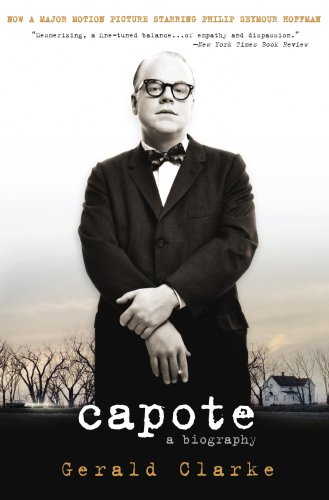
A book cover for Capote: A Biography; Gerald Clarke; Gay & Lesbian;